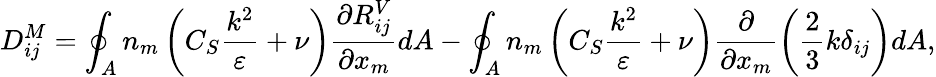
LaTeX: D_{ij}^{M}=\oint_{A}n_{m}\left(C_{S}\frac{k^{2}}{\varepsilon}+\nu\right)\frac{\partial R_{ij}^{V}}{\partial x_{m}}dA-\oint_{A}n_{m}\left(C_{S}\frac{k^{2}}{\varepsilon}+\nu\right)\frac{\partial}{\partial x_{m}}\left(\frac{2}{3}k\delta_{ij}\right)dA,